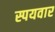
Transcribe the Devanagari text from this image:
स्पयवार